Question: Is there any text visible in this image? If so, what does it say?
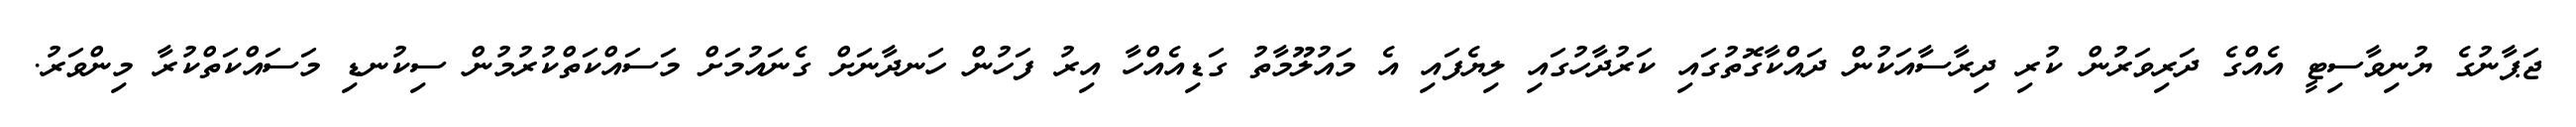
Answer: ޖަޕާނުގެ ޔުނިވާސިޓީ އެއްގެ ދަރިވަރުން ކުރި ދިރާސާއަކުން ދައްކާގޮތުގައި ކަރުދާހުގައި ލިޔެފައި އެ މައުލޫމާތު ގަޑިއެއްހާ އިރު ފަހުން ހަނދާނަށް ގެނައުމަށް މަސައްކަތްކުރުމުން ސިކުނޑި މަސައްކަތްކުރާ މިންވަރު.